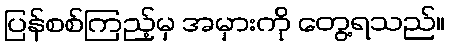
ပြန်စစ်ကြည့်မှ အမှားကို တွေ့ရသည်။